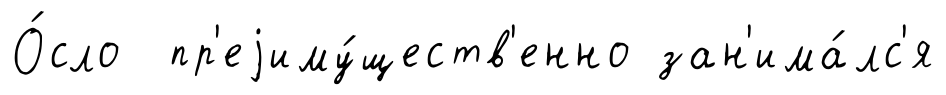
О́сло пр'еjиму́ществ'енно зан'има́лс'я